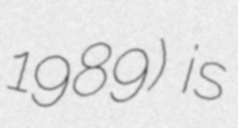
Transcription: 1989) is